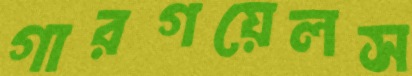
গারগয়েলস